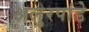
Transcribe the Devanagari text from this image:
अलुरपांडे